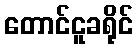
တောင်ငူခရိုင်